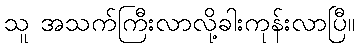
သူ အသက်ကြီးလာလို့ခါးကုန်းလာပြီ။